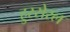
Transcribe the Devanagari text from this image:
हुस्सेरल